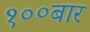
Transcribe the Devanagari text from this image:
१००बार